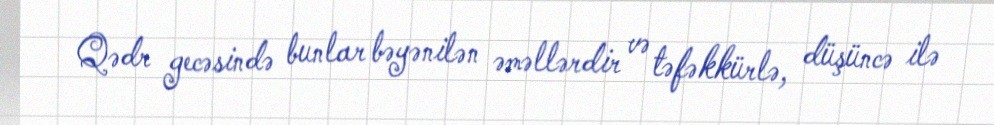
Qədr gecəsində bunlar bəyənilən əməllərdir və təfəkkürlə, düşüncə ilə